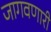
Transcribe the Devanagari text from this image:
जागवणारी